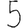
Digit: 5